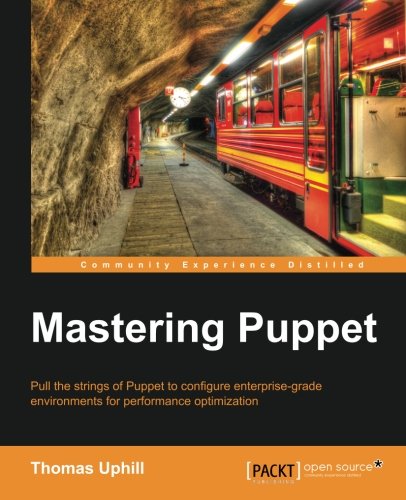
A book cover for Mastering Puppet; Thomas Uphill; Computers & Technology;